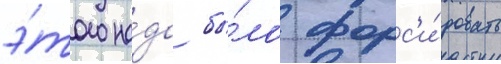
э́того на́до бы́ло форс'и́ровать